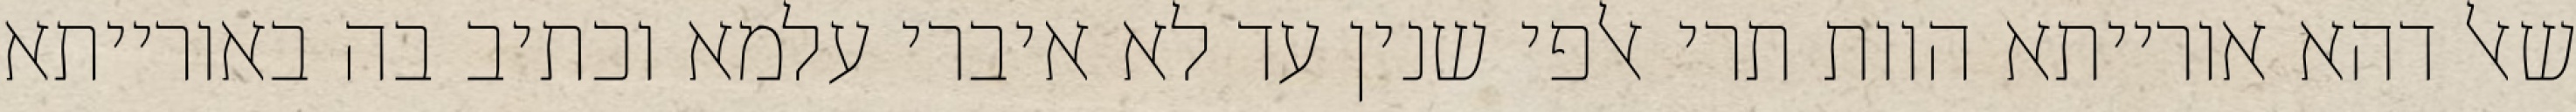
שאל דהא אורייתא הוות תרי אלפי שנין עד לא איברי עלמא וכתיב בה באורייתא